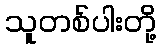
သူတစ်ပါးတို့